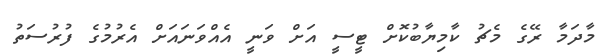
މާދަމާ ރޭގެ މެޗު ކާމިޔާބުކޮށް ޓީސީ އަށް ވަނީ އެއްވަނައަށް އެރުމުގެ ފުރުސަތު